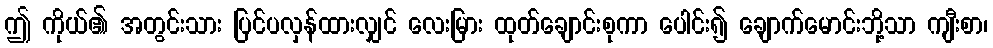
ဤ ကိုယ်၏ အတွင်းသား ပြင်ပလှန်ထားလျှင် လေးမြား ထုတ်ချောင်းစုကာ ပေါင်း၍ ချောက်မောင်းဘို့သာ ကျီးစာ၊